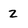
Character: 2